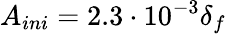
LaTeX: A_{ini}=2.3\cdot 10^{-3}\delta_{f}